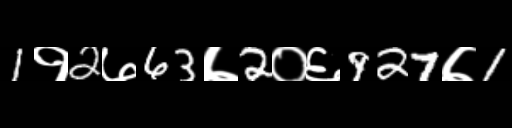
Text: 1१2७63७2०६927७1